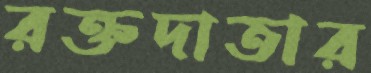
রক্তদাতার